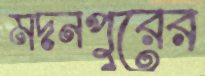
মদনপুরের